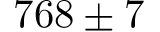
7 6 8 \pm 7